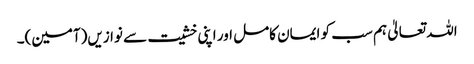
اللہ تعالیٰ ہم سب کو ایمان کامل اور اپنی خشیت سے نوازیں(آمین)۔